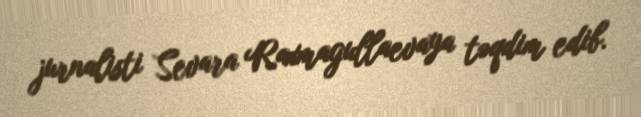
jurnalisti Sevara Raxmagullaevaya təqdim edib.